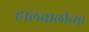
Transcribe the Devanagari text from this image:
हालचालीच्या